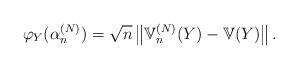
LaTeX: \begin{align*}\varphi_{Y}(\alpha_{n}^{(N)})=\sqrt{n}\left\Vert \mathbb{V}_{n}^{(N)}(Y)-\mathbb{V}(Y)\right\Vert.\end{align*}